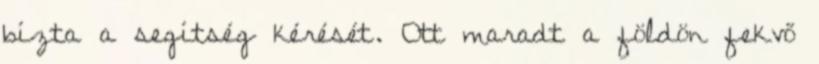
bízta a segítség kérését. Ott maradt a földön fekvő